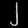
Digit: ၂